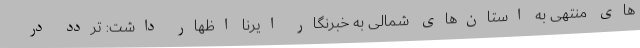
های منتهی به استان‌های شمالی به خبرنگار ایرنا اظهار داشت: تردد در